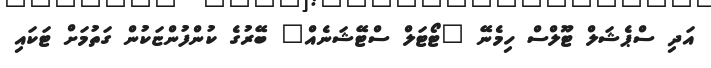
އަދި ސްޕެޝަލް ޓޫލްސް ހިމެނޭ "ޓޯޓަލް ސްޓޭޝަނެއް" ބޭރުގެ ކުންފުންޏަކުން ގަތުމަށް ޓަކައި